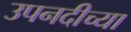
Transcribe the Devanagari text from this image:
उपनदीच्या